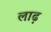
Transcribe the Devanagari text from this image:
लाढ़